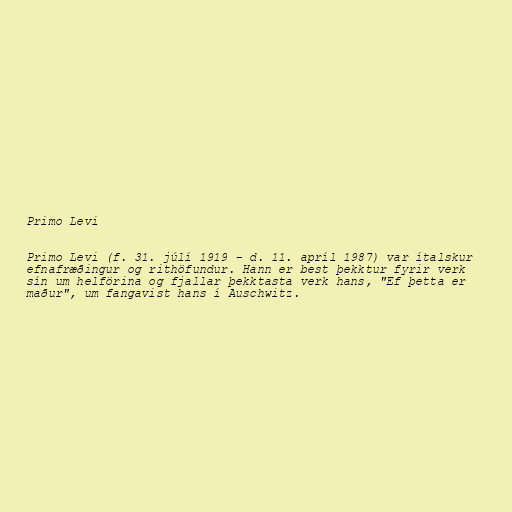
Primo Levi

Primo Levi (f. 31. júlí 1919 - d. 11. apríl 1987) var ítalskur
efnafræðingur og rithöfundur. Hann er best þekktur fyrir verk
sín um helförina og fjallar þekktasta verk hans, "Ef þetta er
maður", um fangavist hans í Auschwitz.